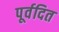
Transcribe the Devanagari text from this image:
पूर्वदित